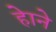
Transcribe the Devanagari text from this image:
हेाने